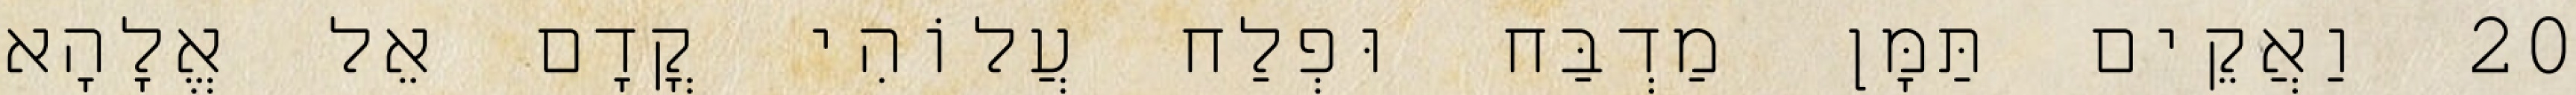
20 וַאֲקֵים תַּמָּן מַדְבַּח וּפְלַח עֲלוֹהִי קֳדָם אֵל אֱלָהָא